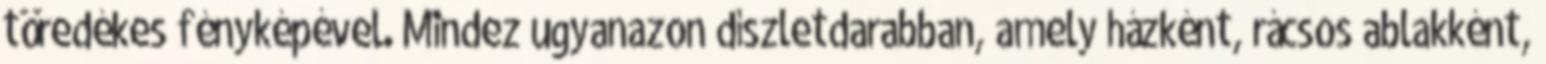
töredékes fényképével. Mindez ugyanazon díszletdarabban, amely házként, rácsos ablakként,